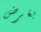
بغرض